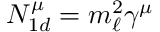
{ \cal N } _ { 1 d } ^ { \mu } = m _ { \ell } ^ { 2 } \gamma ^ { \mu }